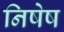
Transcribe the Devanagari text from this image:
निषेष